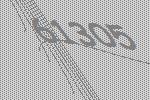
61305